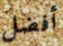
أفضل